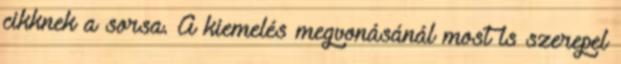
cikknek a sorsa. A kiemelés megvonásánál most is szerepel